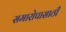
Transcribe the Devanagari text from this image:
समारोपासाठी